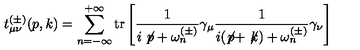
t _ { \mu \nu } ^ { ( \pm ) } ( p , k ) = \sum _ { n = - \infty } ^ { + \infty } \mathrm { t r } \left[ \frac { 1 } { i \not \! p + \omega _ { n } ^ { ( \pm ) } } \gamma _ { \mu } \frac { 1 } { i ( \not \! p + \not \! k ) + \omega _ { n } ^ { ( \pm ) } } \gamma _ { \nu } \right]